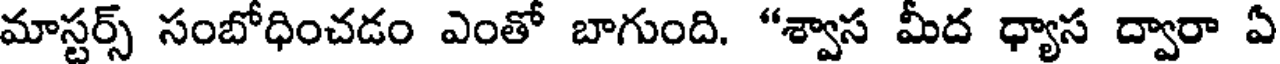
మాస్టర్స్ సంబోధించడం ఎంతో బాగుంది. "శ్వాస మీద ధ్యాస ద్వారా ఏ